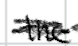
Text: the
Cross-out: scratch
Writing tool: digital_black